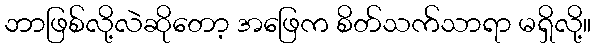
ဘာဖြစ်လို့လဲဆိုတော့ အဖြေက စိတ်သက်သာရာ မရှိလို့။